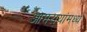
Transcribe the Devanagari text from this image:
आमरायांमध्ये